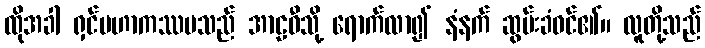
ထိုအခါ ရှင်မဟာကဿပသည် အာဠဝီသို့ ရောက်လာ၍ နံနက် ဆွမ်းခံဝင်၏။ လူတို့သည်